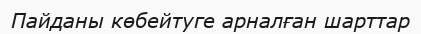
Пайданы көбейтуге арналған шарттар